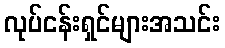
လုပ်ငန်းရှင်များအသင်း